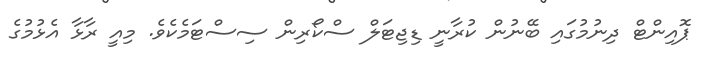
ޕޮއިންޓް ދިނުމުގައި ބޭނުން ކުރާނީ ޑިޖިޓަލް ސްކޯރިން ސިސްޓަމެކެވެ. މިއީ ރާޅާ އެޅުމުގެ